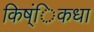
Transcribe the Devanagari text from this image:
किष्ंिकधा